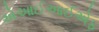
એઆઈઆઈએફ